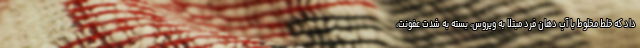
داد که خلط مخلوط با آب دهان فرد مبتلا به ویروس، بسته به شدت عفونت،